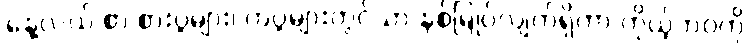
နေ့လယ် စာ စားပွဲများ၊ ကပွဲများတွင်သာ နစ်မြုပ်လျက်ရှိကာ ကိုယ့်ဘဝကို